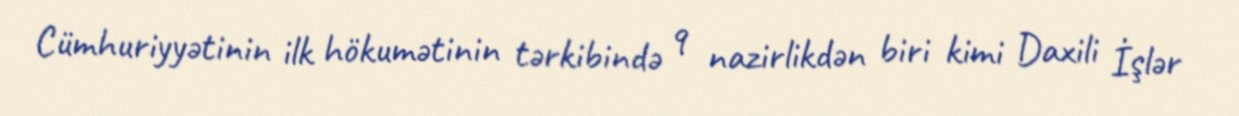
Cümhuriyyətinin ilk hökumətinin tərkibində 9 nazirlikdən biri kimi Daxili İşlər